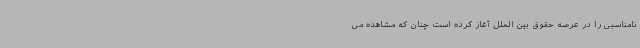
نامناسبی را در عرصه حقوق بین الملل آغاز کرده است چنان که مشاهده می